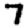
Digit: 7